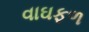
વાઘફળ